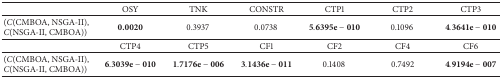
<table><thead><tr><td><b> </b></td><td><b>OSY</b></td><td><b>TNK</b></td><td><b>CONSTR</b></td><td><b>CTP1</b></td><td><b>CTP2</b></td><td><b>CTP3</b></td></tr></thead><tbody><tr><td>(<i>C</i>(CMBOA, NSGA-II), <i>C</i>(NSGA-II, CMBOA))</td><td><b>0.0020</b></td><td>0.3937 </td><td>0.0738 </td><td><b>5.6395e − 010</b></td><td>0.1096 </td><td><b>4.3641e − 010</b></td></tr><tr><td> </td><td>CTP4</td><td>CTP5</td><td>CF1</td><td>CF2</td><td>CF4</td><td>CF6</td></tr><tr><td>(<i>C</i>(CMBOA, NSGA-II), <i>C</i>(NSGA-II, CMBOA))</td><td><b>6.3039e − 010</b></td><td><b>1.7176e − 006</b></td><td><b>3.1436e − 011</b></td><td>0.1408 </td><td>0.7492</td><td><b>4.9194e − 007</b></td></tr></tbody></table>